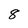
Character: 8